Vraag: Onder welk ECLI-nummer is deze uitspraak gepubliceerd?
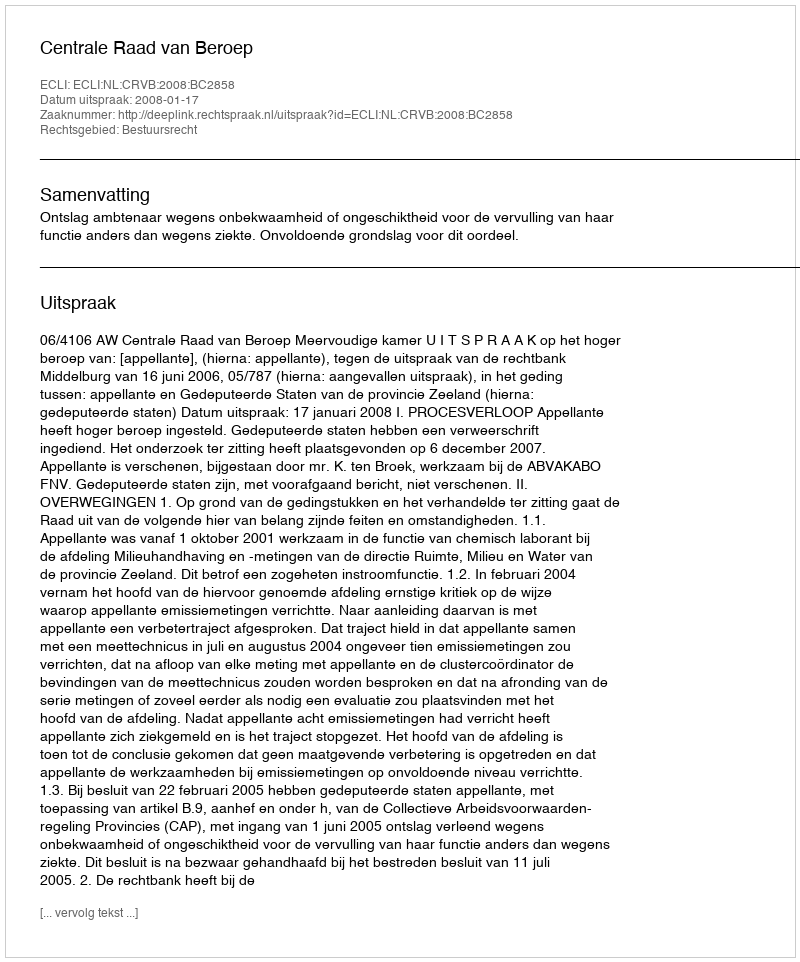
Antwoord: ECLI:NL:CRVB:2008:BC2858